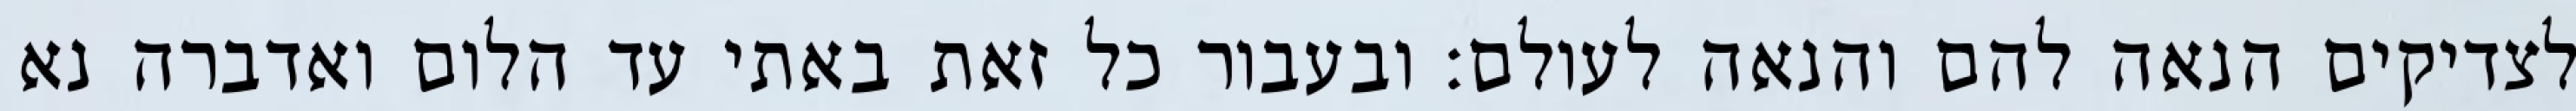
לצדיקים הנאה להם והנאה לעולם: ובעבור כל זאת באתי עד הלום ואדברה נא